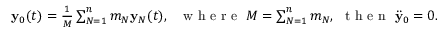
\begin{array} { r } { { \bf y } _ { 0 } ( t ) = \frac 1 M \sum _ { N = 1 } ^ { n } m _ { N } { \bf y } _ { N } ( t ) , ~ ~ \mathrm { ~ w ~ h ~ e ~ r ~ e ~ } ~ M = \sum _ { N = 1 } ^ { n } m _ { N } , ~ \mathrm { ~ t ~ h ~ e ~ n ~ } ~ \ddot { \bf y } _ { 0 } = 0 . } \end{array}